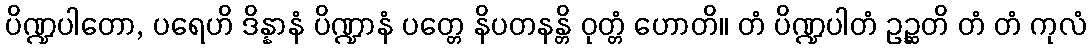
ပိဏ္ဍပါတော, ပရေဟိ ဒိန္နာနံ ပိဏ္ဍာနံ ပတ္တေ နိပတနန္တိ ဝုတ္တံ ဟောတိ။ တံ ပိဏ္ဍပါတံ ဥဉ္ဆတိ တံ တံ ကုလံ